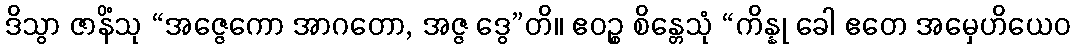
ဒိသွာ ဇာနိံသု “အဇ္ဇေကော အာဂတော, အဇ္ဇ ဒွေ”တိ။ ဧဝဉ္စ စိန္တေသုံ “ကိန္နု ခေါ ဧတေ အမှေဟိယေဝ